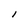
Character: I